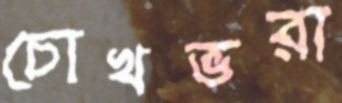
চোখভরা